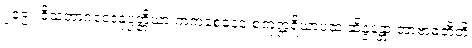
၂၁၉။ ဝိသဘာဂဝေဒနုပ္ပတ္တိယာ ကကစေနေဝ စတုဣရိယာပထံ ဆိန္ဒန္တော အာဗာဓတီတိ